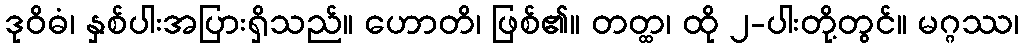
ဒုဝိဓံ၊ နှစ်ပါးအပြားရှိသည်။ ဟောတိ၊ ဖြစ်၏။ တတ္ထ၊ ထို ၂-ပါးတို့တွင်။ မဂ္ဂဿ၊